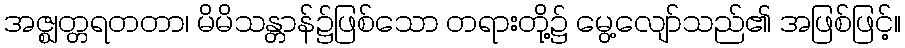
အဇ္ဈတ္တရတတာ၊ မိမိသန္တာန်၌ဖြစ်သော တရားတို့၌ မွေ့လျော်သည်၏ အဖြစ်ဖြင့်။